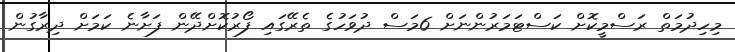
މިހިދުމަތް ރަސްމީކޮށް ކަސްޓަމަރުންނަށް 6މަސް ދުވަހުގެ ތެރޭގައި ފޯރުކޮށްދޭން ފަށާނެ ކަމަށް ދިރާގުން